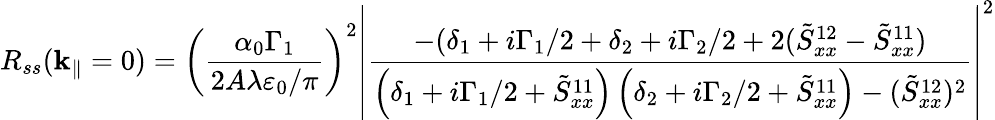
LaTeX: R_{ss}(\mathbf{k}_{\| }=0)=\left(\frac{\alpha_{0}\Gamma_{1}}{2A\lambda\varepsilon_{0}/\pi}\right)^{2}\left|\frac{-(\delta_{1}+i\Gamma_{1}/2+\delta_{2}+i\Gamma_{2}/2+2(\tilde{S}_{xx}^{12}-\tilde{S}_{xx}^{11})}{\left(\delta_{1}+i\Gamma_{1}/2+\tilde{S}_{xx}^{11}\right)\left(\delta_{2}+i\Gamma_{2}/2+\tilde{S}_{xx}^{11}\right)-(\tilde{S}_{xx}^{12})^{2}}\right|^{2}